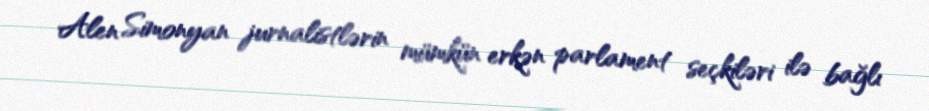
Alen Simonyan jurnalistlərin mümkün erkən parlament seçkiləri ilə bağlı